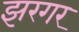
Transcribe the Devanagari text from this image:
झरगर